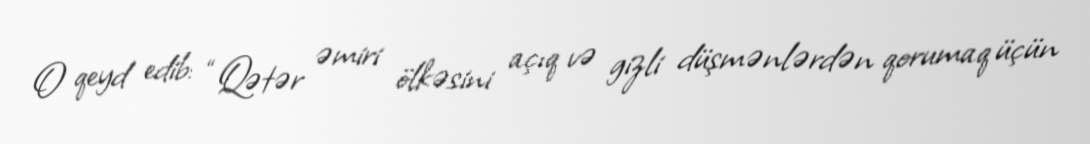
O qeyd edib: “Qətər əmiri ölkəsini açıq və gizli düşmənlərdən qorumaq üçün